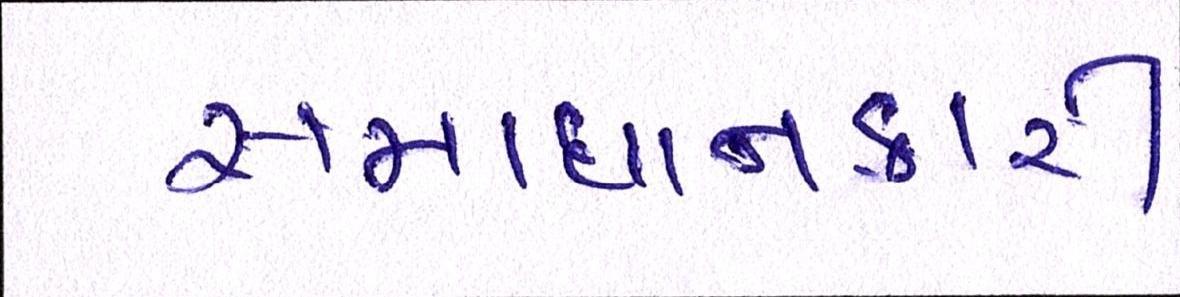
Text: સમાધાનકારી